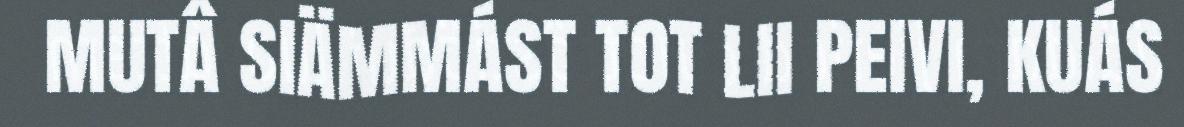
MUTÂ SIÄMMÁST TOT LII PEIVI, KUÁS